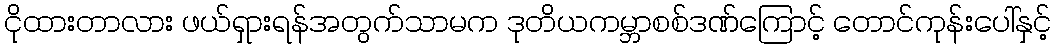
ငိုထားတာလား ဖယ်ရှားရန်အတွက်သာမက ဒုတိယကမ္ဘာစစ်ဒဏ်ကြောင့် တောင်ကုန်းပေါ်နှင့်